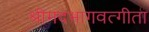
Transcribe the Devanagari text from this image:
श्रीमदभागवत्गीता